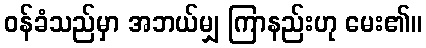
ဝန်ခံသည်မှာ အဘယ်မျှ ကြာနည်းဟု မေး၏။